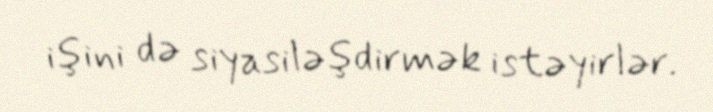
işini də siyasiləşdirmək istəyirlər.